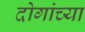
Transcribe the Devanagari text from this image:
दोगांच्या